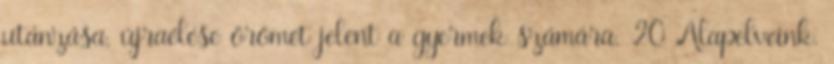
utánzása, újraélése örömet jelent a gyermek számára. 20 Alapelveink.